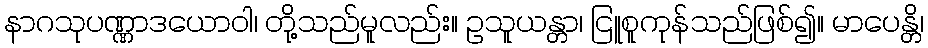
နာဂသုပဏ္ဏာဒယောဝါ၊ တို့သည်မူလည်း။ ဥသူယန္တာ၊ ငြူစူကုန်သည်ဖြစ်၍။ မာပေန္တိ၊